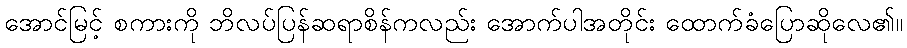
အောင်မြင့် စကားကို ဘိလပ်ပြန်ဆရာစိန်ကလည်း အောက်ပါအတိုင်း ထောက်ခံပြောဆိုလေ၏။